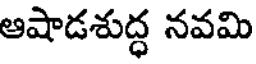
ఆషాడశుద్ధ నవమి